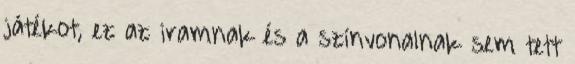
játékot, ez az iramnak és a színvonalnak sem tett